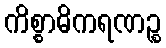
ကိစ္စာဓိကရဏဉ္စ